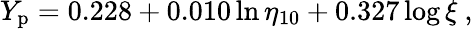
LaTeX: Y_{\mathrm{p}}=0.228+0.010\ln\eta_{10}+0.327\log\xi\ ,